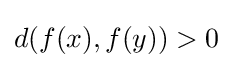
d(f(x),f(y))>0